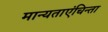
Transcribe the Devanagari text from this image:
मान्यताएंचिन्ता